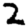
Digit: 2